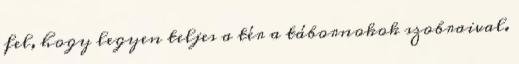
fel, hogy legyen teljes a tér a tábornokok szobraival.